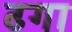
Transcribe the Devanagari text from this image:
ढगा